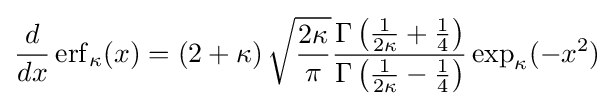
{\frac {d}{dx}}\operatorname {erf} _{\kappa }(x)=\left(2+\kappa \right){\sqrt {\frac {2\kappa }{\pi }}}{\frac {\Gamma \left({\frac {1}{2\kappa }}+{\frac {1}{4}}\right)}{\Gamma \left({\frac {1}{2\kappa }}-{\frac {1}{4}}\right)}}\exp _{\kappa }(-x^{2})